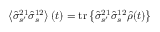
\left\langle \hat { \sigma } _ { s ^ { \prime } } ^ { 2 1 } \hat { \sigma } _ { s } ^ { 1 2 } \right\rangle ( t ) = \mathrm { t r } \left\{ \hat { \sigma } _ { s ^ { \prime } } ^ { 2 1 } \hat { \sigma } _ { s } ^ { 1 2 } \hat { \rho } ( t ) \right\}